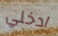
ادخلي